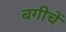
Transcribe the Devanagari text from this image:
बगीचें